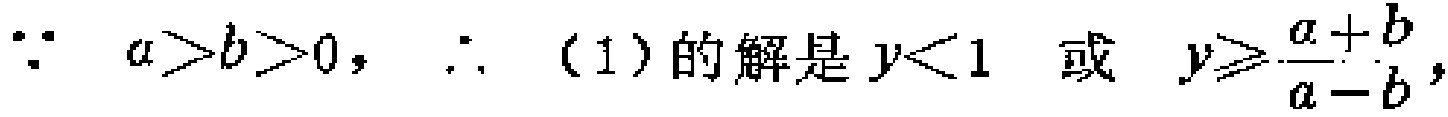
\(\because a>b>0,\ \therefore\ (1)\text{的解是}y < 1\ \text{或}\ y\geqslant\frac{a + b}{a - b},\)